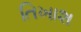
તિખાશ